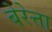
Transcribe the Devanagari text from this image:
बेरेत्ता